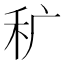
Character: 𰨜